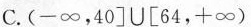
C.(-∞，40]U[64，+∞)